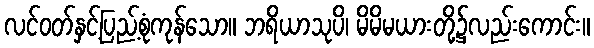
လင်ဝတ်နှင့်ပြည့်စုံကုန်သော။ ဘရိယာသုပိ၊ မိမိမယားတို့၌လည်းကောင်း။